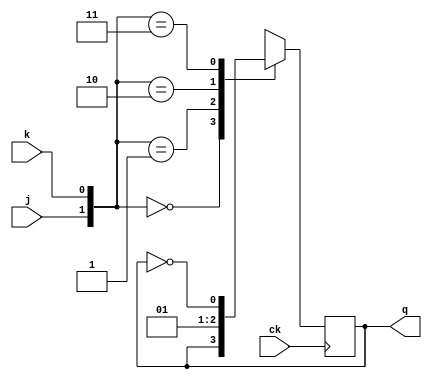
module jkf(input j,k,ck,output reg q);
initial  q=0;
always@(posedge ck)
begin
	case({j,k})
		2'b00:q=q;
		2'b01:q=0;
		2'b10:q=1;
		2'b11:q=~q;
		default:q=1'bx;
	endcase

end
endmodule